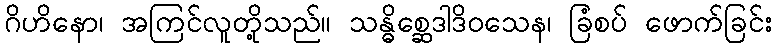
ဂိဟိနော၊ အကြင်လူတို့သည်။ သန္ဓိစ္ဆေဒါဒိဝသေန၊ ခြံစပ် ဖောက်ခြင်း